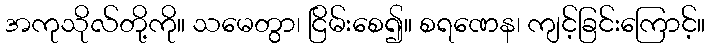
အကုသိုလ်တို့ကို။ သမေတွာ၊ ငြိမ်းစေ၍။ စရဏေန၊ ကျင့်ခြင်းကြောင့်။